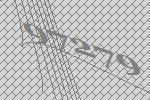
97279